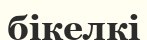
бікелкі